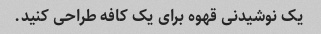
یک نوشیدنی قهوه برای یک کافه طراحی کنید.